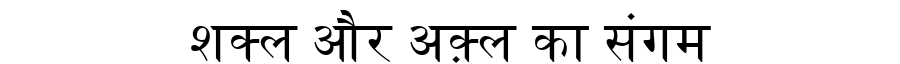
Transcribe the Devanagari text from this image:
शक्ल और अक़्ल का संगम